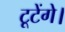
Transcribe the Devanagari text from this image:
टूटेंगे।